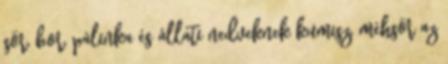
sör, bor, pálinka és állati nedveknek kumisz, méhsör az